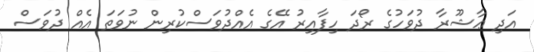
އަދި ޢާޝޫރާ ދުވަހުގެ ރޯދަ ހިފާއިރު އޭގެ އެއްދުވަސްކުރިން ނުވަތަ އެއް ދުވަސް